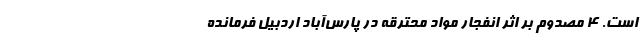
است. 4 مصدوم بر اثر انفجار مواد محترقه در پارس‌آباد اردبیل فرمانده